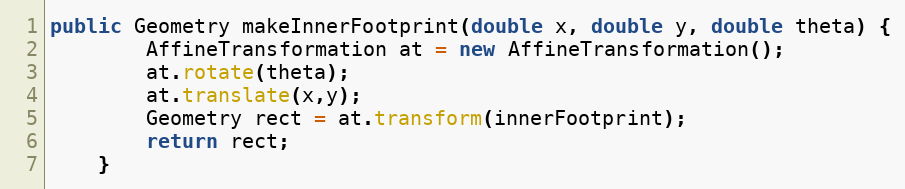
Language: Java
public Geometry makeInnerFootprint(double x, double y, double theta) {
		AffineTransformation at = new AffineTransformation();
		at.rotate(theta);
		at.translate(x,y);
		Geometry rect = at.transform(innerFootprint);
		return rect;
	}